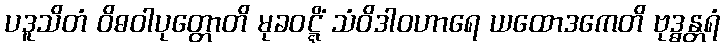
ပဒူသိတံ ဝိဓဝါပုတ္တောတိ မုခဝဋ္ဋိံ သံဝိဒါဝဟာရေ ယထောဒကေတိ ဗုဒ္ဓန္တရံ